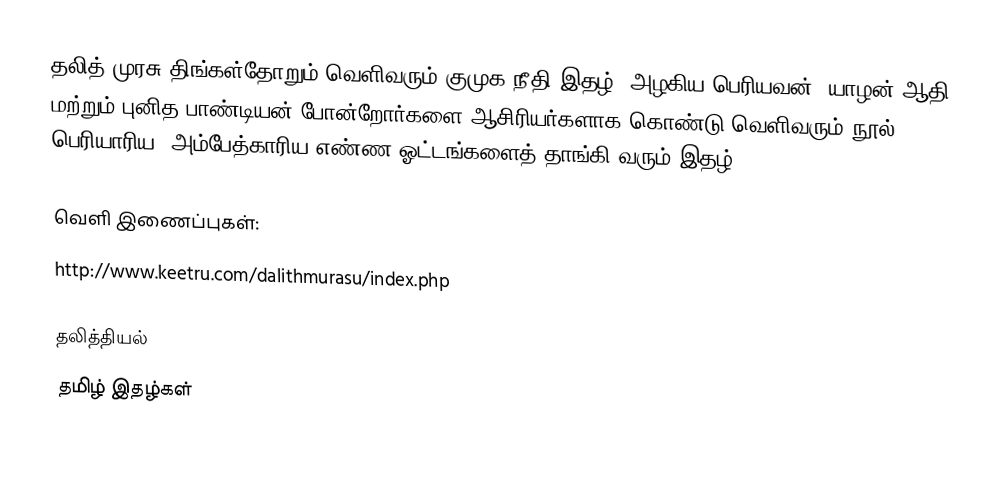
தலித் முரசு திங்கள்தோறும் வெளிவரும் குமுக நீதி இதழ். அழகிய பெரியவன், யாழன் ஆதி மற்றும் புனித பாண்டியன் போன்றோர்களை ஆசிரியர்களாக கொண்டு வெளிவரும் நூல். பெரியாரிய, அம்பேத்காரிய எண்ண ஓட்டங்களைத் தாங்கி வரும் இதழ்.

வெளி இணைப்புகள்:
http://www.keetru.com/dalithmurasu/index.php

தலித்தியல்
தமிழ் இதழ்கள்